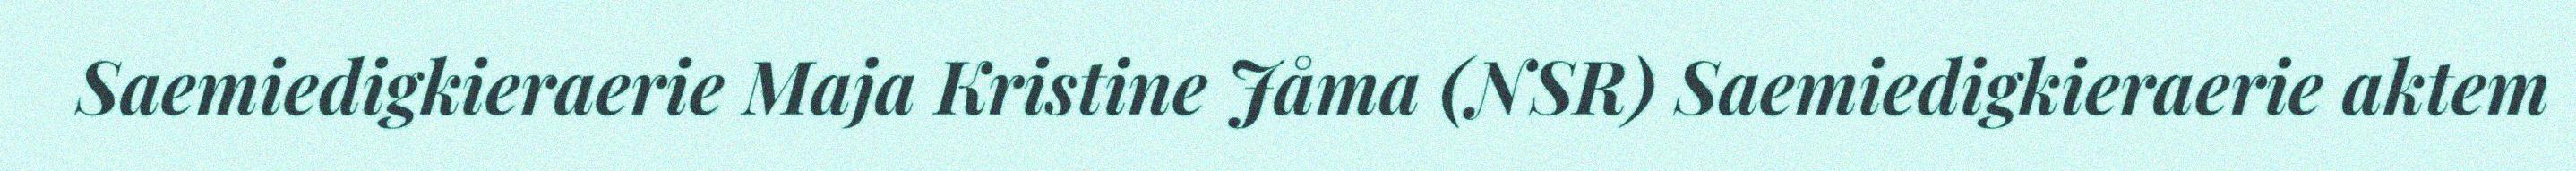
Saemiedigkieraerie Maja Kristine Jåma (NSR) Saemiedigkieraerie aktem